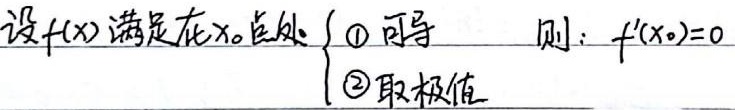
设\(f(x)\)满足在\(x_0\)点处\(\begin{cases}\textcircled{1} \text{ 可导}\\\textcircled{2} \text{ 取极值}\end{cases}\)，则：\(f^{\prime}(x_0)=0\)